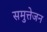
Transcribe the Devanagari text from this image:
समुत्तेजन